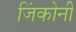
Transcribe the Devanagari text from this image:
जिंकोनी